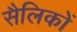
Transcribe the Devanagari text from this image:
सैलिकों